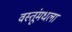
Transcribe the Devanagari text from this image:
वस्तूंमधला